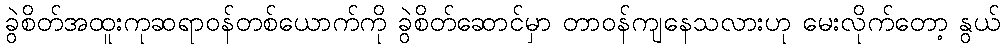
ခွဲစိတ်အထူးကုဆရာဝန်တစ်ယောက်ကို ခွဲစိတ်ဆောင်မှာ တာဝန်ကျနေသလားဟု မေးလိုက်တော့ နွယ်